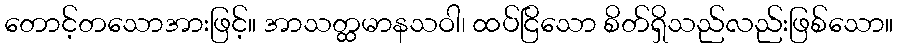
တောင့်တသောအားဖြင့်။ အာသတ္ထမာနသဝါ၊ ထပ်ငြိသော စိတ်ရှိသည်လည်းဖြစ်သော။